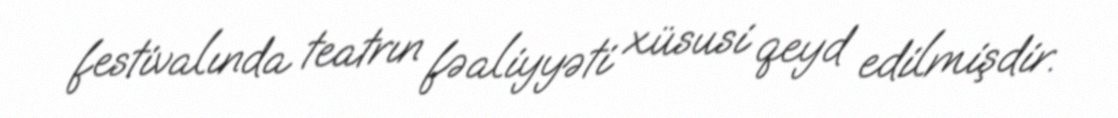
festivalında teatrın fəaliyyəti xüsusi qeyd edilmişdir.